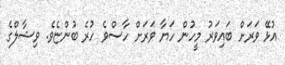
އުޅޭ ވަރަށް ބައިވަރު މީހުން ހަޔާ ވަރަށް ހާސްވެ ހުރެ ބުންޏެވެ. ވިޝާލްގެ